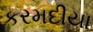
કરમદીયા